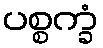
ပစ္စက္ခံ